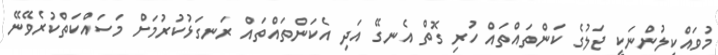
މުވައްކިލުންނަކީ ޖަލުގެ ކަންތައްތައް ހުރި ގޮތް އެނގޭ އަދި އެކަންތައްތައް ރަނގަޅުކުރުމަށް މަސައްކަތްކުރެވޭނޭ